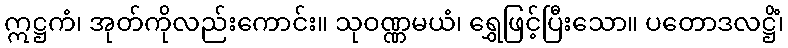
ဣဋ္ဌကံ၊ အုတ်ကိုလည်းကောင်း။ သုဝဏ္ဏမယံ၊ ရွှေဖြင့်ပြီးသော။ ပတောဒလဋ္ဌိံ၊